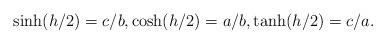
LaTeX: \begin{align*}\sinh(h/2) = c/b,\cosh(h/2) = a/b, \tanh(h/2) = c/a.\end{align*}